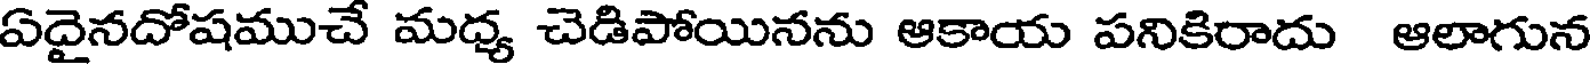
ఏదైనదోషముచే మధ్య చెడిపోయినను ఆకాయ పనికిరాదు ఆలాగున